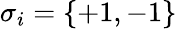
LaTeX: \sigma_{i}=\{ +1,-1\}